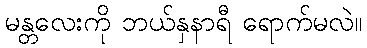
မန္တလေးကို ဘယ်နှနာရီ ရောက်မလဲ။